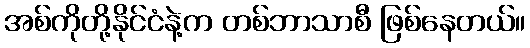
အစ်ကိုတို့နိုင်ငံနဲ့က တစ်ဘာသာစီ ဖြစ်နေတယ်။